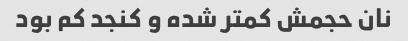
نان حجمش کمتر شده و کنجد کم بود